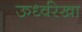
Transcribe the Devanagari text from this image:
ऊर्ध्वरेखा